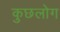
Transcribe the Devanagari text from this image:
कुछलोग